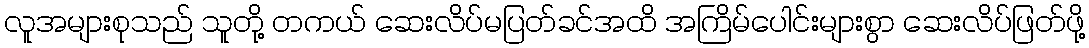
လူအများစုသည် သူတို့ တကယ် ဆေးလိပ်မပြတ်ခင်အထိ အကြိမ်ပေါင်းများစွာ ဆေးလိပ်ဖြတ်ဖို့